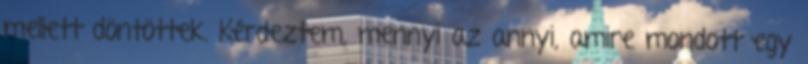
mellett döntöttek. Kérdeztem, mennyi az annyi, amire mondott egy